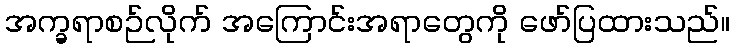
အက္ခရာစဉ်လိုက် အကြောင်းအရာတွေကို ဖော်ပြထားသည်။